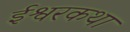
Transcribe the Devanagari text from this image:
ईश्वरकथा